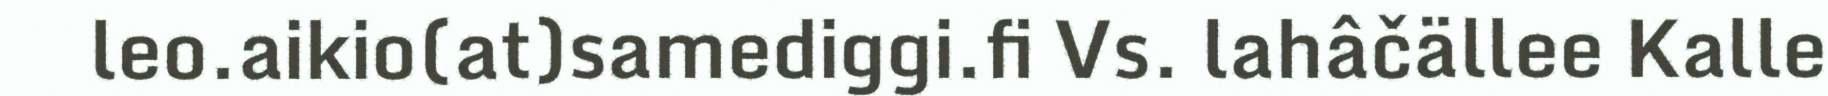
leo.aikio(at)samediggi.fi Vs. lahâčällee Kalle